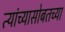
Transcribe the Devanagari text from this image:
त्यांच्यासोबतच्या